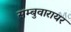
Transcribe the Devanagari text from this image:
सम्बुवारायर